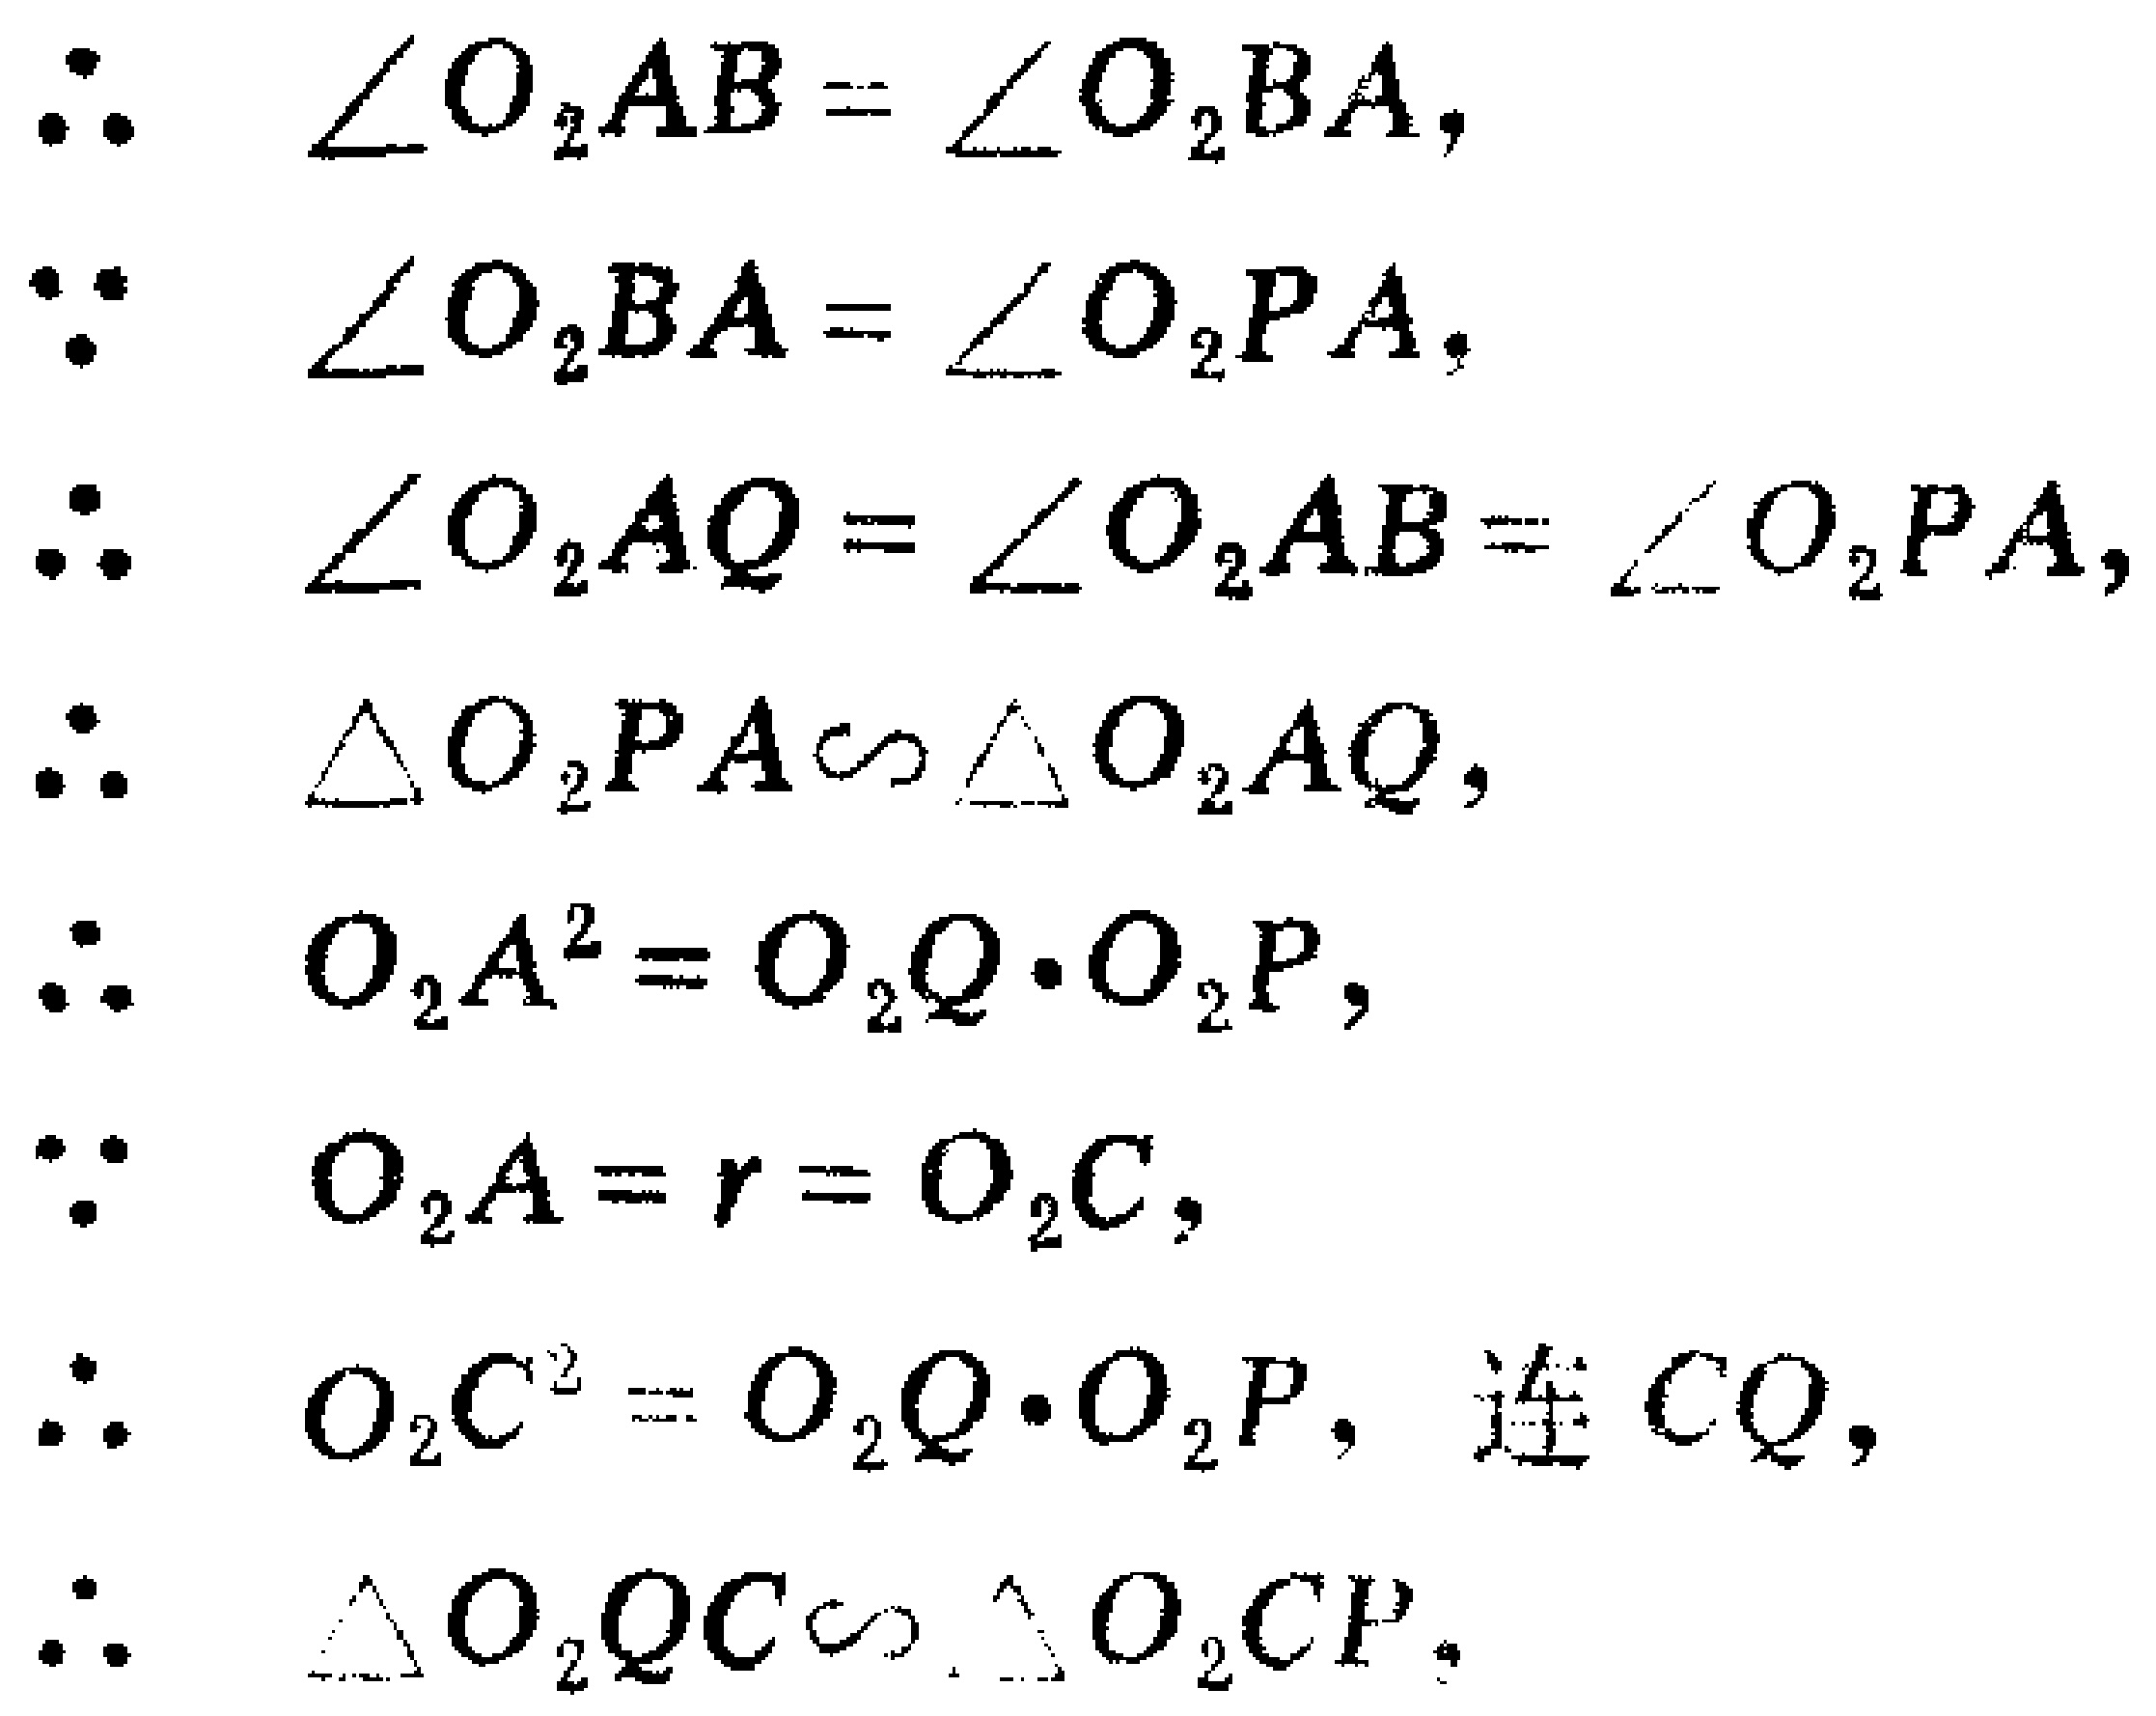
\[\begin{align*}
&\therefore\quad \angle O_{2}AB = \angle O_{2}BA,\\
&\because\quad \angle O_{2}BA = \angle O_{2}PA,\\
&\therefore\quad \angle O_{2}AQ = \angle O_{2}AB = \angle O_{2}PA,\\
&\therefore\quad \triangle O_{2}PA\sim\triangle O_{2}AQ,\\
&\therefore\quad O_{2}A^{2} = O_{2}Q\cdot O_{2}P,\\
&\because\quad O_{2}A = r = O_{2}C,\\
&\therefore\quad O_{2}C^{2} = O_{2}Q\cdot O_{2}P,\text{ 连 }CQ,\\
&\therefore\quad \triangle O_{2}QC\sim\triangle O_{2}CP.
\end{align*}\]